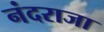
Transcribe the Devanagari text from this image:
नंदराजा